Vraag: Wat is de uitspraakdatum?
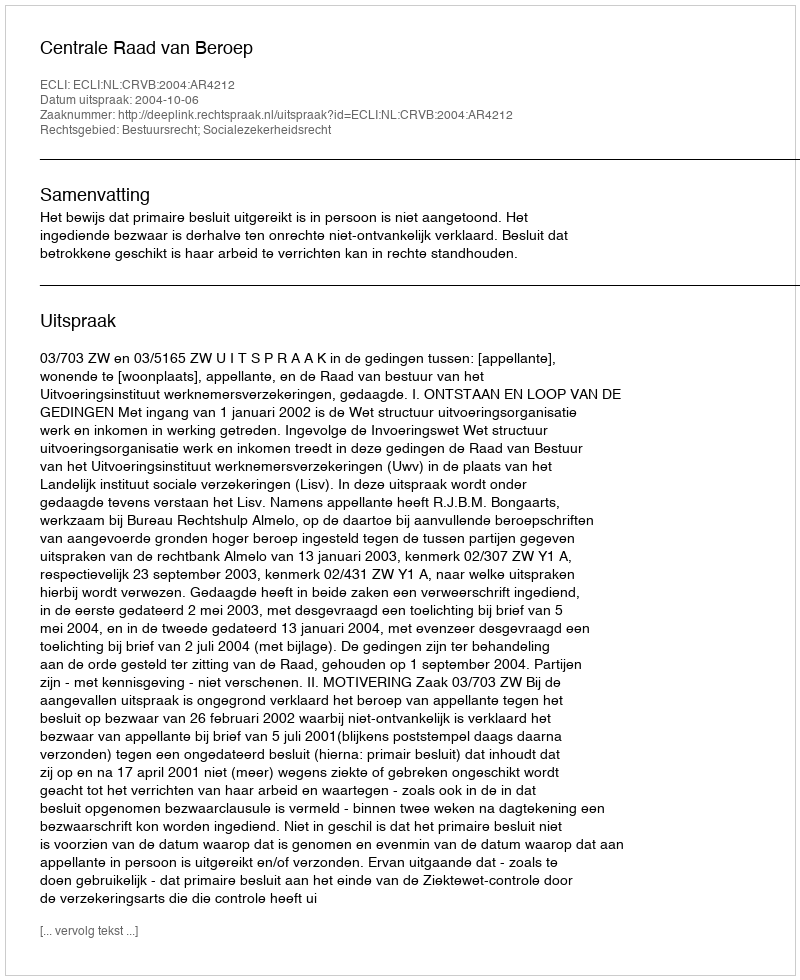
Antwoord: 2004-10-06